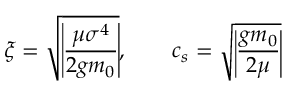
\xi = \sqrt { \vline \frac { \mu \sigma ^ { 4 } } { 2 g m _ { 0 } } \vline } , \qquad c _ { s } = \sqrt { \vline \frac { g m _ { 0 } } { 2 \mu } \vline }